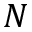
{ \cal N }